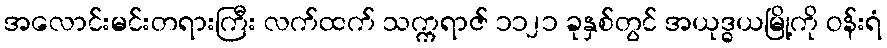
အလောင်းမင်းတရားကြီး လက်ထက် သက္ကရာဇ် ၁၁၂၁ ခုနှစ်တွင် အယုဒ္ဓယမြို့ကို ဝန်းရံ